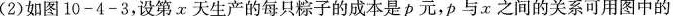
(2)如图10-4-3，设第x天生产的每只粽子的成本是p元，p与x之间的关系可用图中的